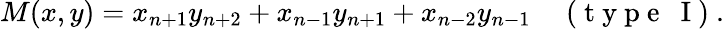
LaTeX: M(x,y)=x_{n+1}y_{n+2}+x_{n-1}y_{n+1}+x_{n-2}y_{n-1}\quad\mathrm{~(~t~y~p~e~~~I~)~}.